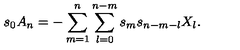
s _ { 0 } A _ { n } = - \sum _ { m = 1 } ^ { n } \sum _ { l = 0 } ^ { n - m } s _ { m } s _ { n - m - l } X _ { l } .